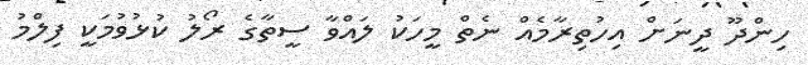
ހިންދޫ ދީނަށް އިހުތިރާމެއް ނެތް މީހަކު ލައްވާ ސީތާގެ ރޯލު ކުޅުވުމަކީ ފިލްމު